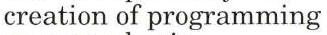
creation of programming